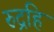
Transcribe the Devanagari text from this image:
रुद्रहि